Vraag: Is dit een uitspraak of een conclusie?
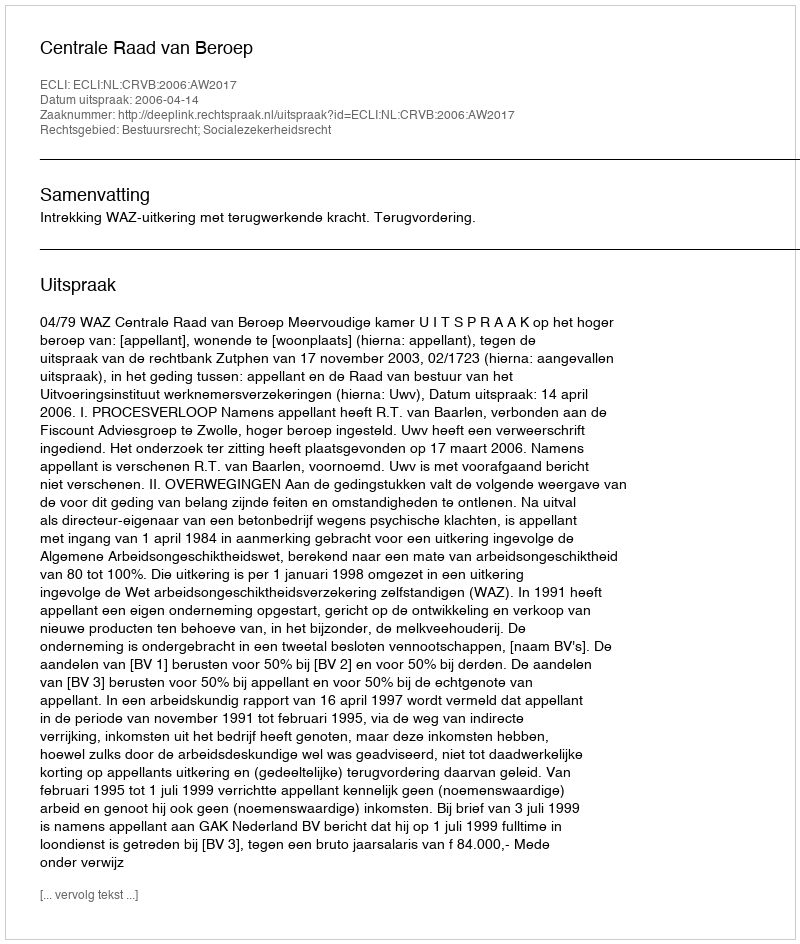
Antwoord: Uitspraak